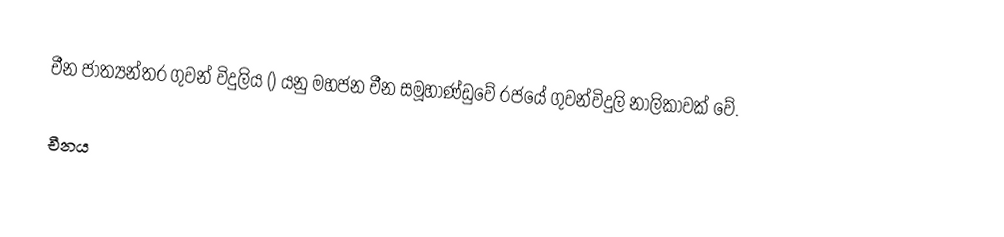
චීන ජාත්‍යන්තර ගුවන් විදුලිය () යනු මහජන චීන සමූහාණ්ඩුවේ රජයේ ගුවන්විදුලි නාලිකාවක් වේ.

චීනය